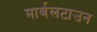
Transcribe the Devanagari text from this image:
मार्बलटाउन